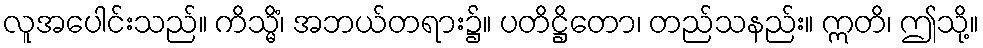
လူအပေါင်းသည်။ ကိသ္မိံ၊ အဘယ်တရား၌။ ပတိဋ္ဌိတော၊ တည်သနည်း။ ဣတိ၊ ဤသို့။